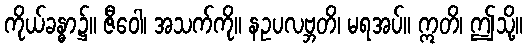
ကိုယ်ခန္ဓာ၌။ ဇီဝေါ၊ အသက်ကို။ နဥပလဗ္ဘတိ၊ မရအပ်။ ဣတိ၊ ဤသို့။